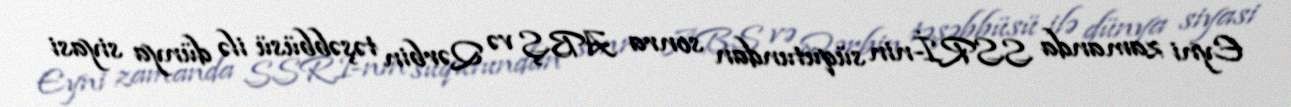
Eyni zamanda SSRİ-nin süqutundan sonra ABŞ və Qərbin təşəbbüsü ilə dünya siyasi